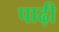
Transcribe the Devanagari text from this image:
पाढ़ी